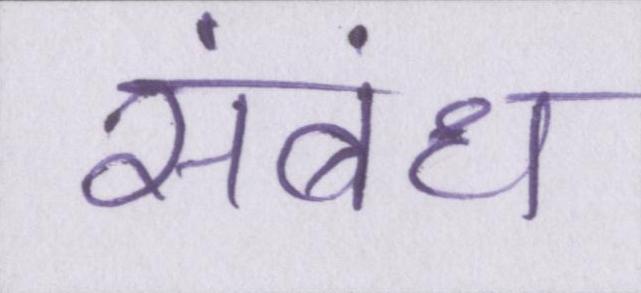
संबंध